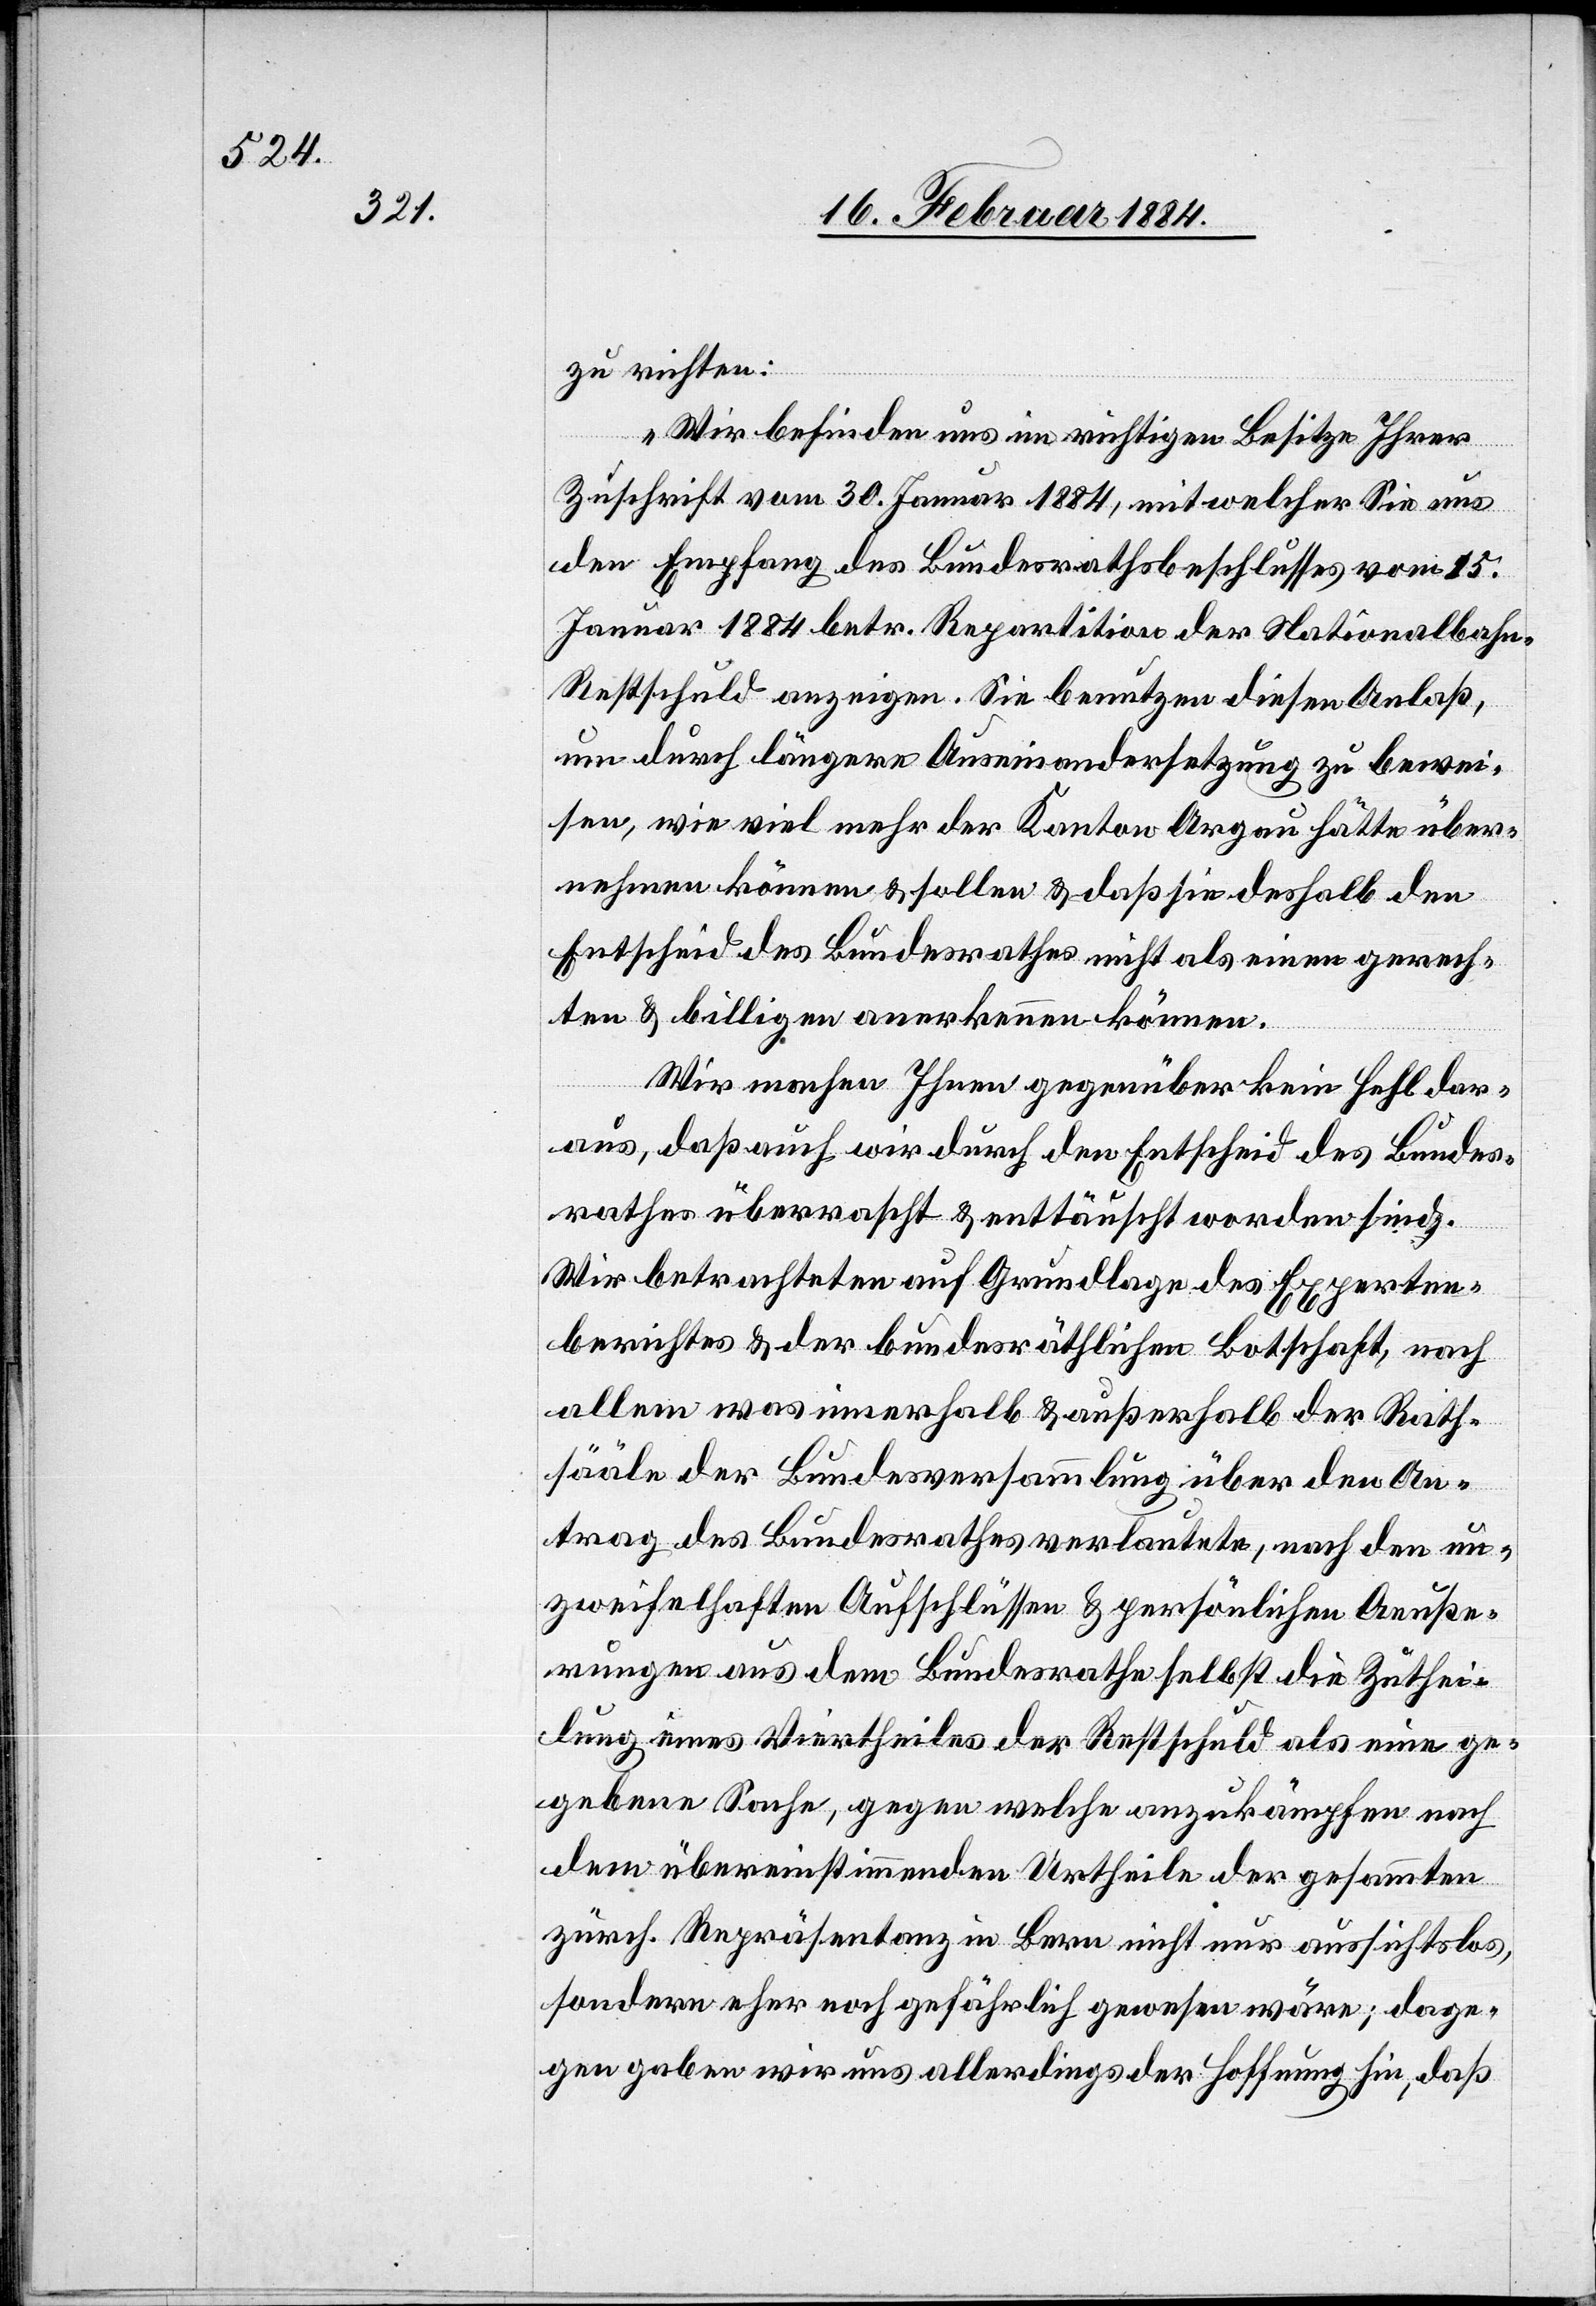
zu richten:
„Wir befinden uns im richtigen Besitze Ihrer
Zuschrift vom 30. Januar 1884, mit welcher Sie uns
den Empfang des Bundesrathsbeschlusses vom 15.
Januar 1884 betr. Repartition der Nationalbah¬
n-Restschuld anzeigen. Sie benutzen diesen Anlaß,
um durch längere Auseinandersetzung zu bewei¬
sen, wie viel mehr der Kanton Aargau hätte über¬
nehmen können & sollen & daß sie deshalb den
Entscheid des Bundesrathes nicht als einen gerech¬
ten & billigen anerkennen können.
Wir machen Ihnen gegenüber kein Hehl dar¬
aus, daß auch wir durch den Entscheid des Bundes¬
rathes überrascht & enttäuscht worden sind.
Wir betrachten auf Grundlage des Experten¬
berichtes & der bundesräthlichen Botschaft, nach
allem was innerhalb & außerhalb der Rath¬
sääle der Bundesversammlung über den An¬
trag des Bundesrathes verlautete, nach den un¬
zweifelhaften Aufschlüssen & persönlichen Aeuße¬
rungen aus dem Bundesrathe selbst die Zuthei¬
lung eines Viertheiles der Restschuld als eine ge¬
gebene Sache, gegen welche anzukämpfen nach
den übereinstimmenden Urtheilen der gesammten
zürch. Repräsentanz in Bern nicht nur aussichtslos,
sondern eher noch gefährlich gewesen wäre; dage¬
gen gaben wir uns allerdings der Hoffnung hin, daß